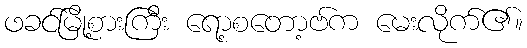
ဖခင်မြို့စားကြီး ရော့စတော့ဗ်က မေးလိုက်၏။